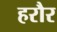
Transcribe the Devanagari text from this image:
हरौर